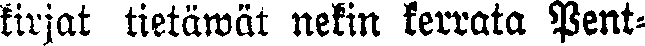
kirjat tietäwät nekin kerrata Pent-